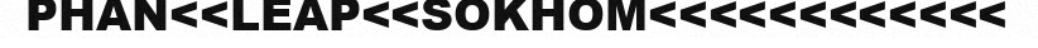
PHAN<<LEAP<<SOKHOM<<<<<<<<<<<<